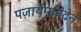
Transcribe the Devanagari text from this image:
पज़ायमविदेन